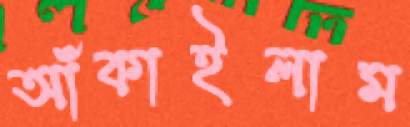
আঁকাইলাম